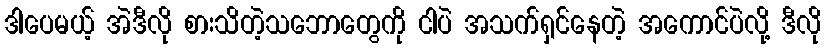
ဒါပေမယ့် အဲဒီလို စားသိတဲ့သဘောတွေကို ငါပဲ အသက်ရှင်နေတဲ့ အကောင်ပဲလို့ ဒီလို